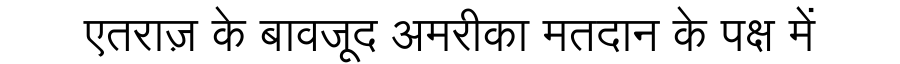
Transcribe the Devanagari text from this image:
एतराज़ के बावजूद अमरीका मतदान के पक्ष में